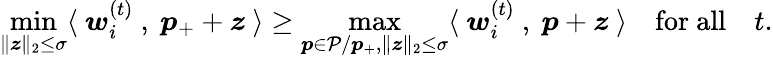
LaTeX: \operatorname*{min}_{\| {\boldsymbol z}\| _{2}\le\sigma}\langle~{\boldsymbol w}_{i}^{(t)}~,~{\boldsymbol p}_{+}+{\boldsymbol z}~\rangle\ge\operatorname*{max}_{{\boldsymbol p}\in\mathcal{P}/{\boldsymbol p}_{+},\| {\boldsymbol z}\| _{2}\le\sigma}\langle~{\boldsymbol w}_{i}^{(t)}~,~{\boldsymbol p}+{\boldsymbol z}~\rangle\quad\mathrm{for~all}\quad t.